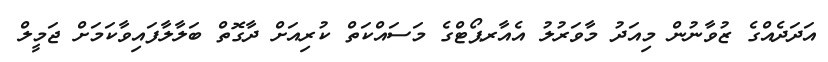
އަދަދެއްގެ ޒުވާނުން މިއަދު މާވަރުުލު އެއާރޕޯޓްގެ މަސައްކަތް ކުރިއަށް ދާގޮތް ބަލާލާފައިވާކަމަށް ޖަމީލް